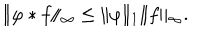
\Vert \varphi * f \Vert _ { \infty } \leq \Vert \varphi \Vert _ { 1 } \Vert f \Vert _ { \infty } .